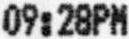
09:28PM